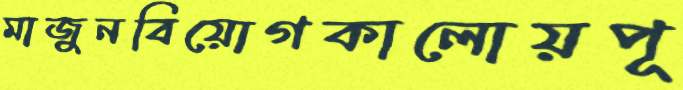
মাজুনবিয়োগকালোয়পূ